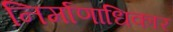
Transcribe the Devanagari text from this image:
निर्माणाधिकार